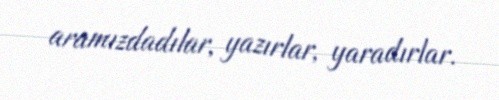
aramızdadılar, yazırlar, yaradırlar.